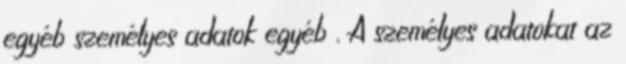
egyéb személyes adatok egyéb . A személyes adatokat az